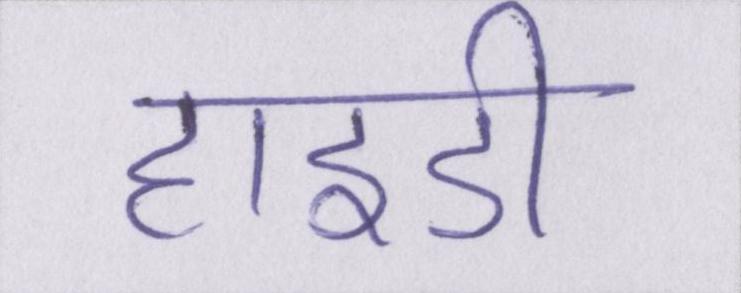
हाइडी